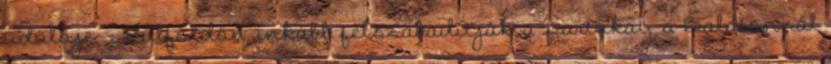
üdülője. – Külföldön inkább felszabadítják a partokat, a Balatonnál